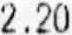
2.20